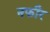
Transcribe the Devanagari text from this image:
नफीर